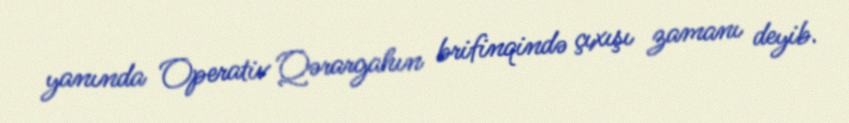
yanında Operativ Qərargahın brifinqində çıxışı zamanı deyib.